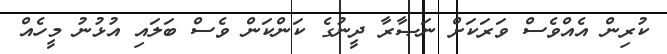
ކުރިން އެއްވެސް ވަރަކަށް ނަޞާރާ ދީނުގެ ކަންކަން ވެސް ބަލައި އުޅުނު މީހެއް